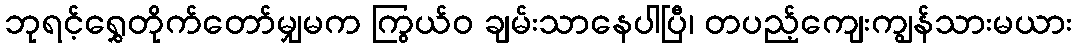
ဘုရင့်ရွှေတိုက်တော်မျှမက ကြွယ်ဝ ချမ်းသာနေပါပြီ၊ တပည့်ကျေးကျွန်သားမယား